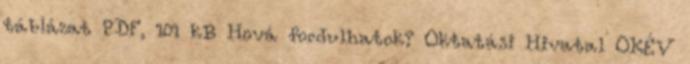
táblázat PDF, 101 kB Hová fordulhatok? Oktatási Hivatal OKÉV